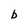
Character: b